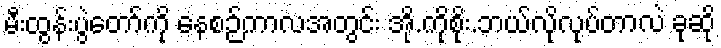
မီးထွန်းပွဲတော်ကို နေစဉ်ကာလအတွင်း အို.ကိုစိုး.ဘယ်လိုလုပ်တာလဲ ခုဆို